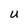
Character: U